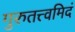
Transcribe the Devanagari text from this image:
गुरुतत्त्वमिदं